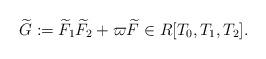
LaTeX: \begin{align*} \widetilde{G} := \widetilde{F}_1 \widetilde{F}_2 + \varpi \widetilde{F} \in R[T_0, T_1, T_2]. \end{align*}